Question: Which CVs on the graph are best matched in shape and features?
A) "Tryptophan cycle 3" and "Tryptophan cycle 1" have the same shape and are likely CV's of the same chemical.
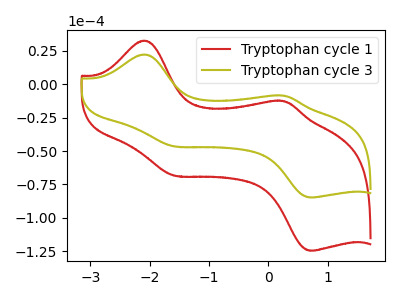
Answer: <think>The red curve "Tryptophan cycle 1" has anodic peaks at (-2.10V, 32.45uA) (0.25V, -12.80uA) and cathodic peaks at (-1.60V, -68.35uA) (0.75V, -124.50uA). The olive curve "Tryptophan cycle 3" has anodic peaks at (-2.10V, 22.10uA) (0.25V, -8.70uA) and cathodic peaks at (-1.60V, -46.50uA) (0.75V, -84.70uA).
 All the peaks in "Tryptophan cycle 1" have a peak in "Tryptophan cycle 3" at the same potential.</think>
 <answer>A) "Tryptophan cycle 3" and "Tryptophan cycle 1" have the same shape and are likely CV's of the same chemical.</answer>
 <eval>A</eval>